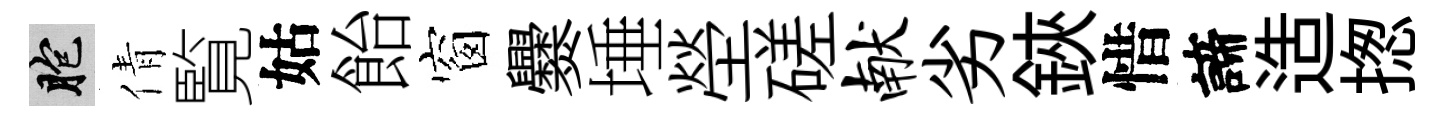
胞倩覧姑飴窗爨埵塋磋献劣鋏惜諦造揔